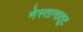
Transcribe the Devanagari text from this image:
नेस्तानातूट